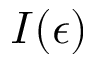
I ( \epsilon )